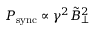
P _ { \mathrm { s y n c } } \propto \gamma ^ { 2 } \Tilde { B } _ { \perp } ^ { 2 }